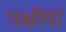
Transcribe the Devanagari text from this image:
पक्षीयां